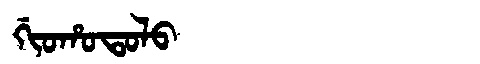
Manchu: ᡤᡳᠣᡥᠣᡨᠣᠯᠣ
Romanization: GIOHOTOLO